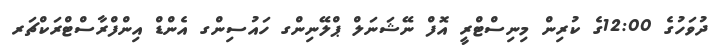
ދުވަހުގެ 12:00ގެ ކުރިން މިނިސްޓްރީ އޮފް ނޭޝަނަލް ޕްލޭނިންގ ހައުސިންގ އެންޑް އިންފްރާސްޓްރަކްޗަރ